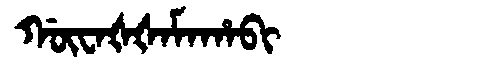
Manchu: ᡤᡡᠸᠠᡧᡧᠠᠮᠠᡥᠠᠪᡳ
Romanization: GŪWAŠŠAMAHABI